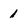
Character: 1